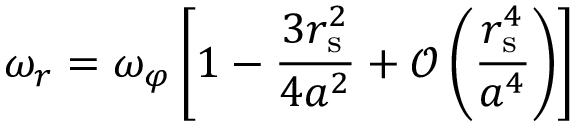
\omega _ { r } = \omega _ { \varphi } \left[ 1 - { \frac { 3 r _ { \mathrm { { s } } } ^ { 2 } } { 4 a ^ { 2 } } } + { \mathcal { O } } \left( { \frac { r _ { \mathrm { { s } } } ^ { 4 } } { a ^ { 4 } } } \right) \right]